Leningradi_Edasi_toimetus, lk 212
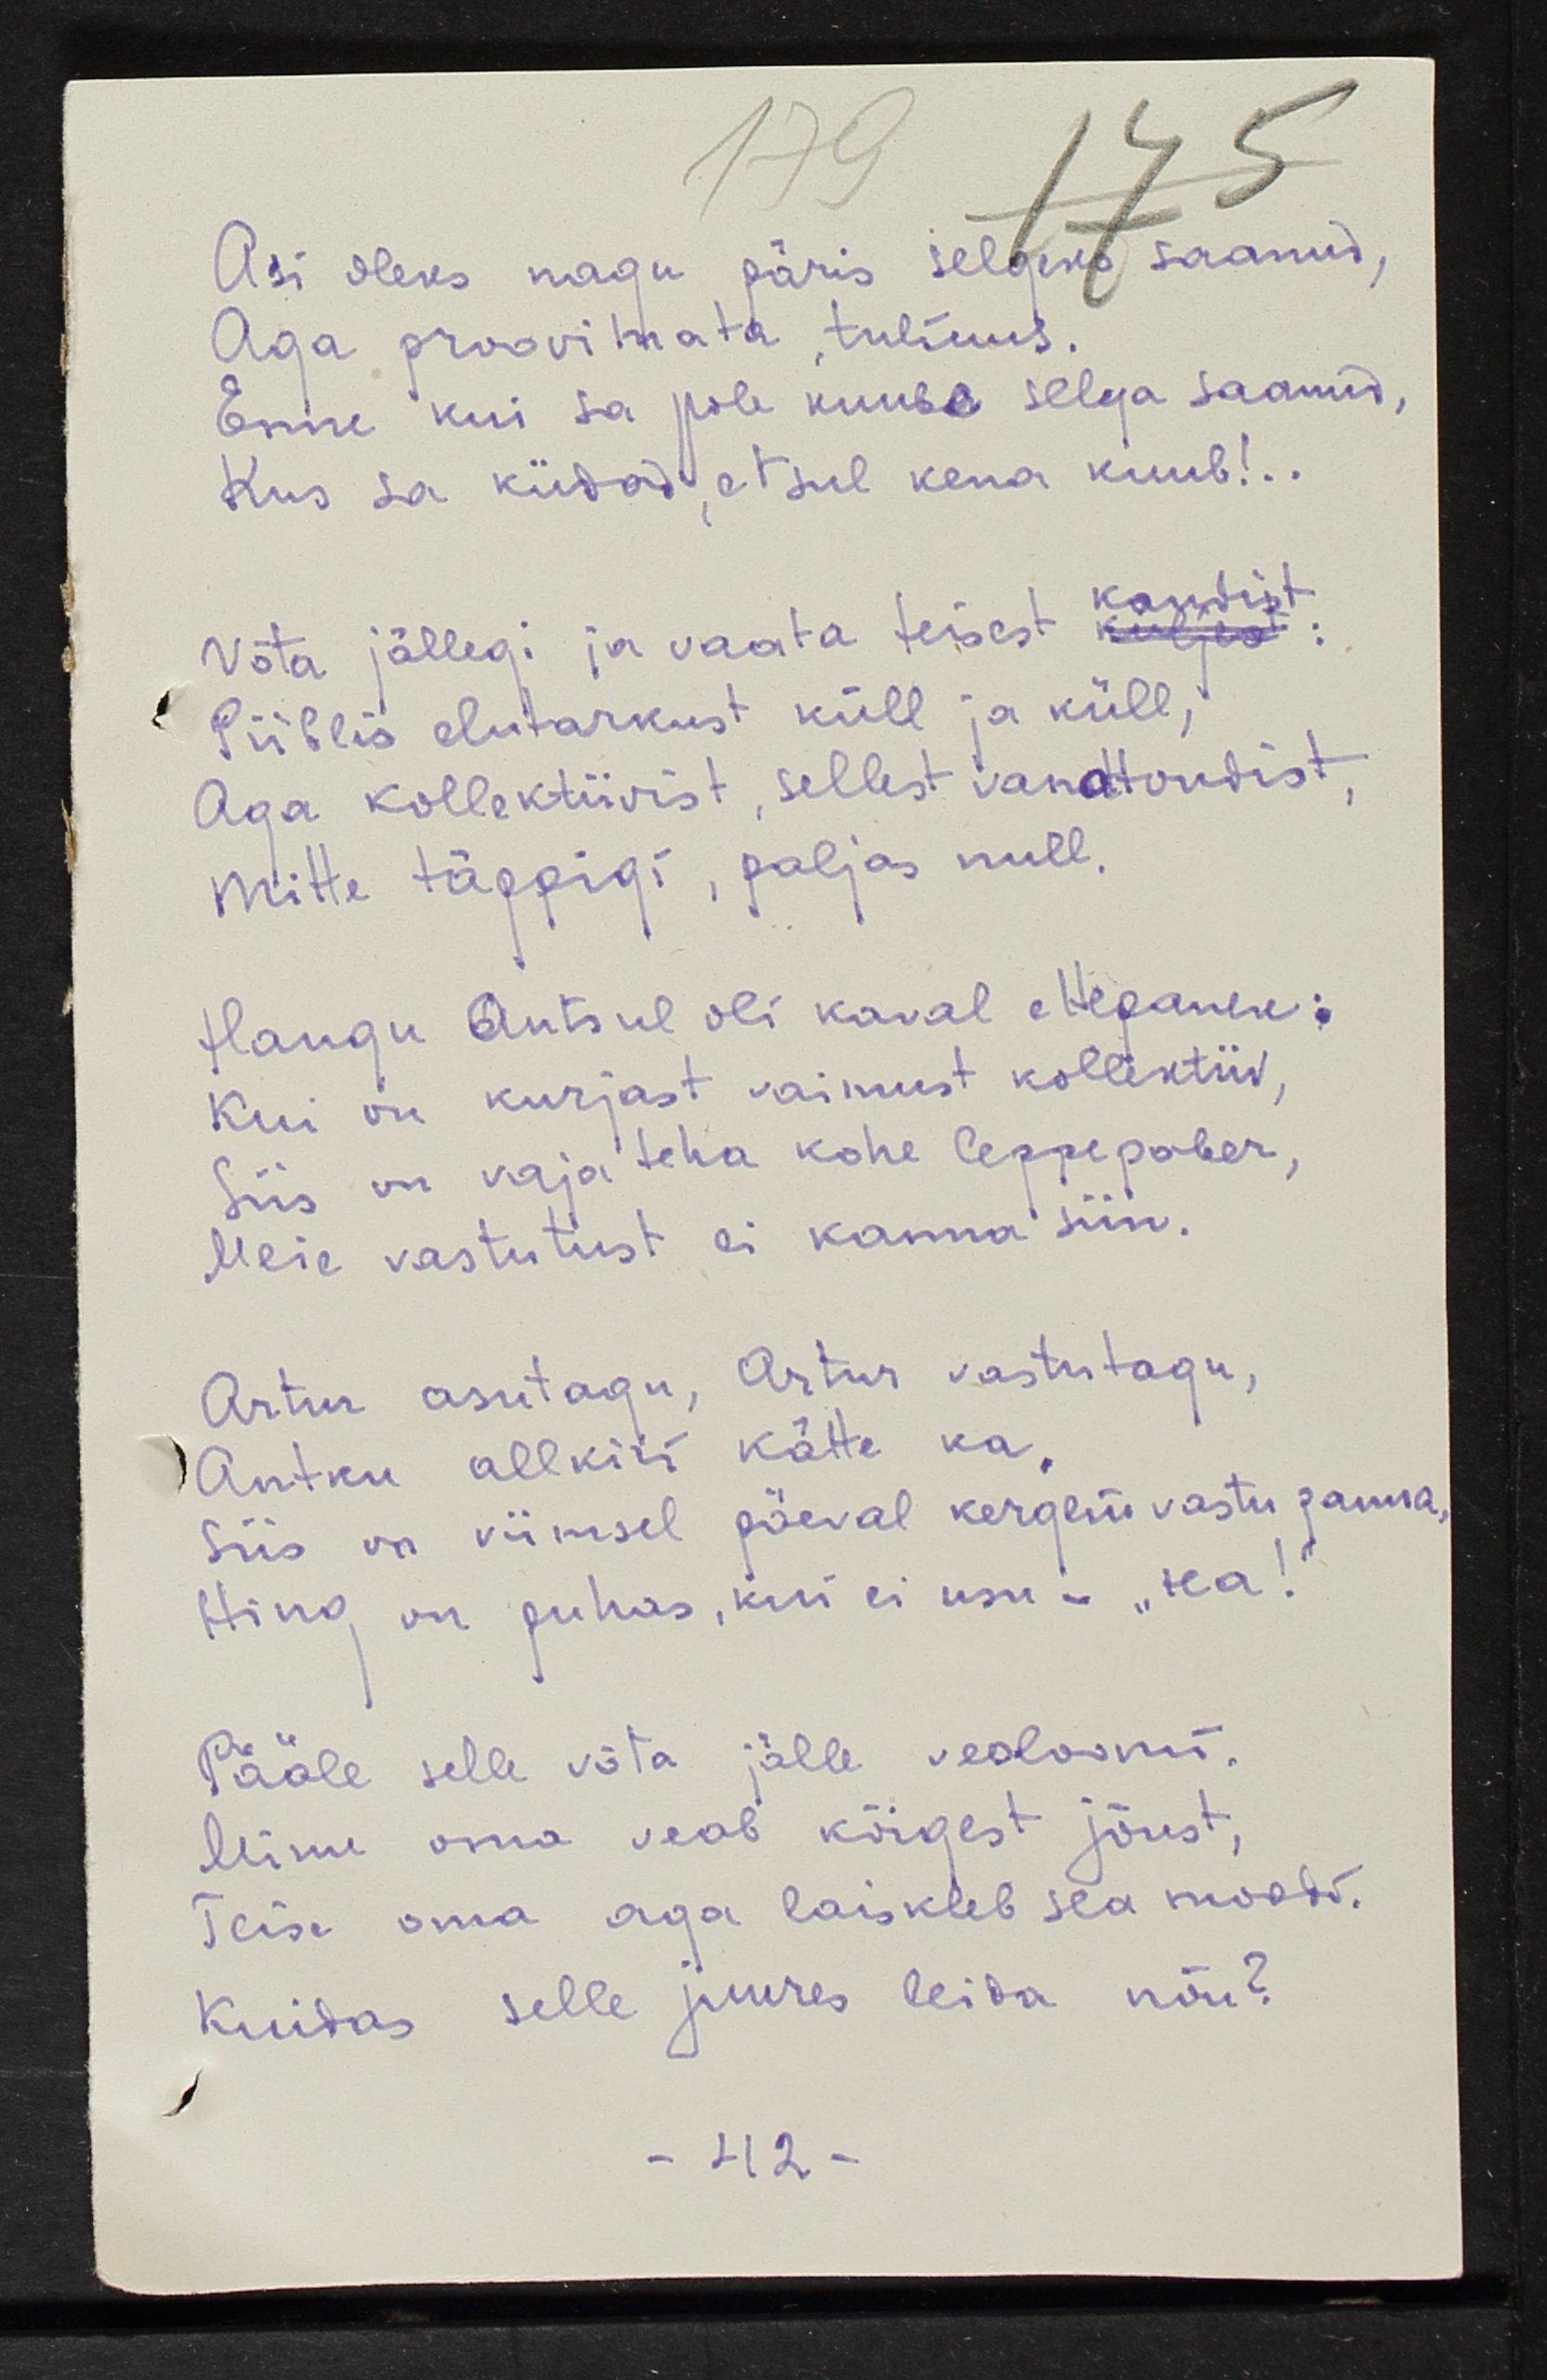
Asi oleks nagu päris selgeks saanud,
Aga proovimata, tuliuus.
Enne kui sa pole kuuba selga saanud,
Kus sa kiidad, et sul kena kuub!..
Võta jällegi ja vaata teisest kandist:
küljest
Piiblis elutarkust küll ja küll,
Aga kollektiivist, sellest vanatondist,
mitte täppigi, paljas null.
Haugu Antsul oli kaval ettepanek:
Kui on kurjast vaimust kollektiiv,
Siis on vaja teha kohe leppepaber,
Meie vastutust ei kanna siin.
Artur asutagu, Artur vastutagu,
Antku allkiri kätte ka,
Siis on viimsel päeval kergem vastu panna,
Hing on puhas, kui ei usu - "Ha!"
Pääle selle võta jälle veoloomi
Minu oma veab kõigest jõust
Teise oma aga laiskleb sea moodi
Kuidas selle juures leida nõu?